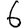
Digit: 6